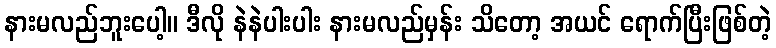
နားမလည်ဘူးပေါ့။ ဒီလို နဲနဲပါးပါး နားမလည်မှန်း သိတော့ အယင် ရောက်ပြီးဖြစ်တဲ့